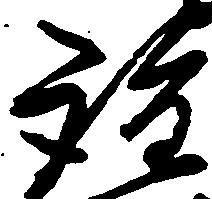
詮